Report of the Indian Hemp Drugs Commission, 1894-1895 - Volume IV
Year: 1894
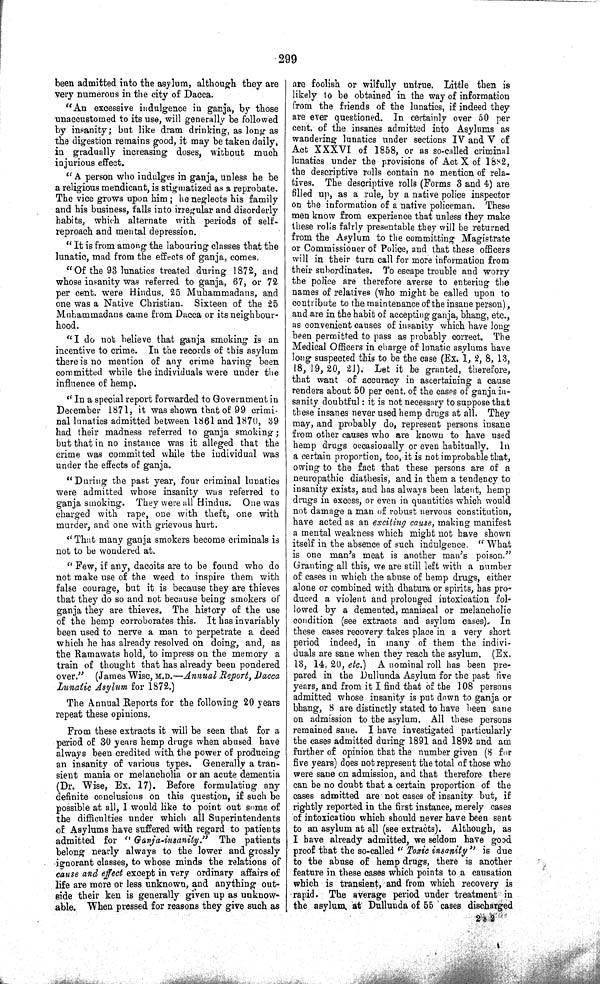
299
been admitted into the asylum, although they are
very numerous in the city of Dacca.
"An excessive indulgence in ganja, by those
unaccustomed to its use, will generally be followed
by insanity; but like dram drinking, as long as
the digestion remains good, it may be taken daily,
in gradually increasing doses, without much
injurious effect.
"A person who indulges in ganja, unless he be
a religious mendicant, is stigmatized as a reprobate.
The vice grows upon him; he neglects his family
and his business, falls into irregular and disorderly
habits, which alternate with periods of self-
reproach and mental depression.
"It is from among the labouring classes that the
lunatic, mad from the effects of ganja, comes.
"Of the 93 lunatics treated during 1872, and
whose insanity was referred to ganja, 67, or 72
per cent. were Hindus, 25 Muhammadans, and
one was a Native Christian. Sixteen of the 25
Muhammadans came from Dacca or its neighbour-
hood.
"I do not believe that ganja smoking is an
incentive to crime. In the records of this asylum
there is no mention of any crime having been
committed while the individuals were under the
influence of hemp.
"In a special report forwarded to Government in
December 1871, it was shown that of 99 crimi-
nal lunatics admitted between 1861 and 1870, 39
had their madness referred to ganja smoking;
but that in no instance was it alleged that the
crime was committed while the individual was
under the effects of ganja.
"During the past year, four criminal lunatics
were admitted whose insanity was referred to
ganja smoking. They were all Hindus. One was
charged with rape, one with theft, one with
murder, and one with grievous hurt.
"That many ganja smokers become criminals is
not to be wondered at.
"Few, if any, dacoits are to be found who do
not make use of the weed to inspire them with
false courage, but it is because they are thieves
that they do so and not because being smokers of
ganja they are thieves. The history of the use
of the hemp corroborates this. It has invariably
been used to nerve a man to perpetrate a deed
which he has already resolved on doing, and, as
the Ramawats hold, to impress on the memory a
train of thought that has already been pondered
over."
(James Wise, M.D.—Annual Report, Dacca
Lunatic Asylum for 1872.)
The Annual Reports for the following 20 years
repeat these opinions.
From these extracts it will be seen that for a
period of 30 years hemp drugs when abused have
always been credited with the power of producing
an insanity of various types. Generally a tran-
sient mania or melancholia or an acute dementia
(Dr. Wise, Ex. 17). Before formulating any
definite conclusions on this question, if such be
possible at all, I would like to point out some of
the difficulties under which all Superintendents
of Asylums have suffered with regard to patients
admitted for "Ganja-insanity."
The patients
belong nearly always to the lower and grossly
ignorant classes, to whose minds the relations of
cause and effect except in very ordinary affairs of
life are more or less unknown, and anything out-
side their ken is generally given up as unknow-
able. When pressed for reasons they give such as
are foolish or wilfully untrue. Little then is
likely to be obtained in the way of information
from the friends of the lunatics, if indeed they
are ever questioned. In certainly over 50 per
cent. of the insanes admitted into Asylums as
wandering lunatics under sections IV and V of
Act XXXVI of 1858, or as so-called criminal
lunatics under the provisions of Act X of 1882,
the descriptive rolls contain no mention of rela-
tives. The descriptive rolls (Forms 3 and 4) are
filled up, as a rule, by a native police inspector
on the information of a native policeman. These
men know from experience that unless they make
these rolls fairly presentable they will be returned
from the Asylum to the committing Magistrate
or Commissioner of Police, and that these officers
will in their turn call for more information from
their subordinates. To escape trouble and worry
the police are therefore averse to entering the
names of relatives (who might be called upon to
contribute to the maintenance of the insane person),
and are in the habit of accepting ganja, bhang, etc.,
as convenient causes of insanity which have long
been permitted to pass as probably correct. The
Medical Officers in charge of lunatic asylums have
long suspected this to be the case (Ex. 1, 2, 8, 13,
18, 19, 20, 21); Let it be granted, therefore,
that want of accuracy in ascertaining a cause
renders about 50 per cent. of the cases of ganja in-
sanity doubtful: it is not necessary to suppose that
these insanes never used hemp drugs at all. They
may, and probably do, represent persons insane
from other causes who are known to have used
hemp drugs occasionally or even habitually.
In
a certain proportion, too, it is not improbable that,
owing to the fact that these persons are of a
neuropathic diathesis, and in them a tendency to
insanity exists, and has always been latent, hemp
drugs in excess, or even in quantities which would
not damage a man of robust nervous constitution,
have acted as an exciting cause, making manifest
a mental weakness which might not have shown
itself in the absence of such indulgence. " What
is one man's meat is another man's poison."
Granting all this, we are still left with a number
of cases in which the abuse of hemp drugs, either
alone or combined with dhatura or spirits, has pro-
duced a violent and prolonged intoxication fol-
lowed by a demented, maniacal or melancholic
condition (see extracts and asylum cases). In
these cases recovery takes place in a very short
period indeed, in many of them the indivi-
duals are sane when they reach the asylum. (Ex.
13, 14, 20, etc.)
A nominal roll has been pre-
pared in the Dullunda Asylum for the past five
years, and from it I find that of the 108 persons
admitted whose insanity is put down to ganja or
bhang, 8 are distinctly stated to have been sane
on admission to the asylum. All these persons
remained sane. I have investigated particularly
the cases admitted during 1891 and 1892 and am
further of opinion that the number given (8 for
five years) does not represent the total of those who
were sane on admission, and that therefore there
can be no doubt that a certain proportion of the
cases admitted are not cases of insanity but, if
rightly reported in the first instance, merely cases
of intoxication which should never have been sent
to an asylum at all (see extracts). Although, as
I have already admitted, we seldom have good
proof that the so-called "Toxic insanity"
is due
to the abuse of hemp drugs, there is another
feature in these cases which points to a causation
which is transient, and from which recovery is
rapid. The average period under treatment in
the asylum at Dullunda of 55 cases discharged
2 S 2